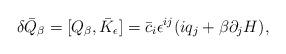
LaTeX: \begin{align*}\delta\bar Q_{\beta}= [Q_{\beta}, \bar K_{\epsilon}]= \bar c_i\epsilon^{ij}(iq_j+\beta\partial_j H),\end{align*}